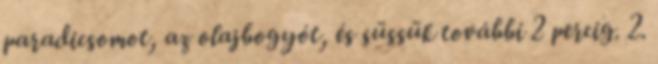
paradicsomot, az olajbogyót, és süssük további 2 percig. 2.